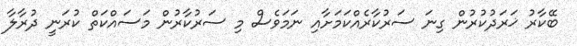
ބޭކާރު ޚަރަދުކުރުން ގިނަ ސަރުކާރެއްކަމަށާއި ނަމަވެސް މި ސަރުކާރުން މަސައްކަތް ކުރަނީ ދުރާލާ